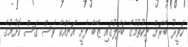
ހަވީރު ބޭރަށް ނިކުތުމުގެ ބަދަލުގައި ޒޭބާ ފެށީ އަނެއްކާ ވެސް ގަސް ކޮށުމުގެ